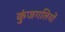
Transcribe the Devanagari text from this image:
कुंजगलियों